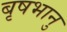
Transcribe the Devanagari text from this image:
बृषभानु